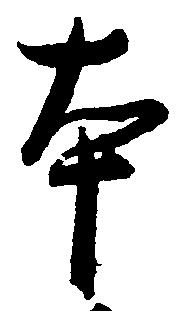
本